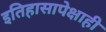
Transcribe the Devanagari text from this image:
इतिहासापेक्षाही